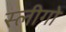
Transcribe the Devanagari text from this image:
स्लीगो